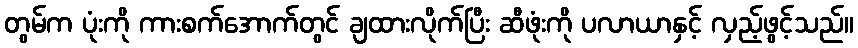
တွမ်က ပုံးကို ကားစက်အောက်တွင် ချထားလိုက်ပြီး ဆီဖုံးကို ပလာယာနှင့် လှည့်ဖွင့်သည်။